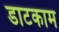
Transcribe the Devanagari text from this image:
डाटकाम